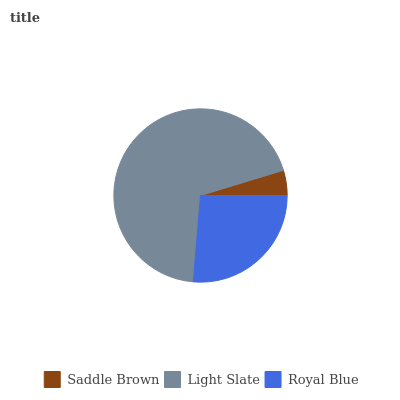
| Saddle Brown | Light Slate | Royal Blue |
 | --- | --- | --- |
 | 4.7% | 69% | 26.3% |